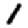
Digit: 1